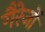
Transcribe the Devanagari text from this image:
गैरेजों